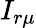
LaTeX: I_{r\mu}